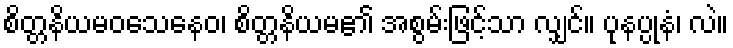
စိတ္တနိယမဝသေနေဝ၊ စိတ္တနိယမ၏ အစွမ်းဖြင့်သာ လျှင်။ ပုနပ္ပုနံ၊ လဲ။